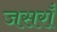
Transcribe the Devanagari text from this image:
जसराँ